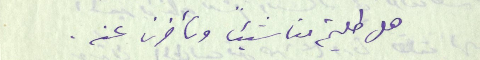
هل طلبتم منا شيئاً وتأخرنا عنه.